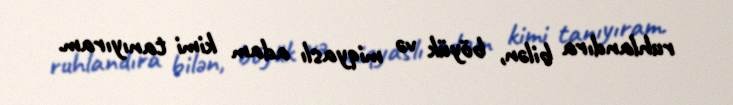
ruhlandıra bilən, böyük və miqyaslı adam kimi tanıyıram.